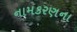
નામકરણના